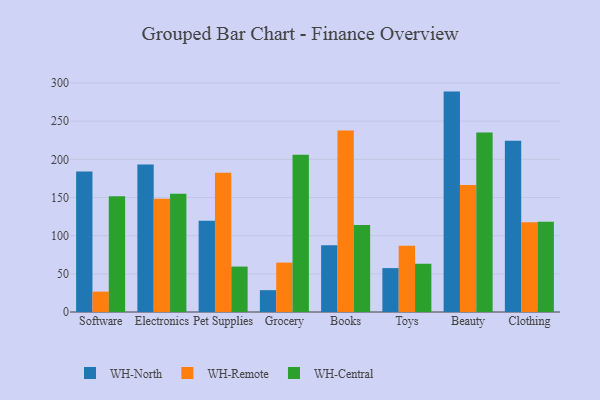
{"axis": {"x": "Category", "y": "Backlog"}, "legend": ["WH-Central", "WH-North", "WH-Remote"], "data": [{"x": "Software", "y": 184.2, "type": "WH-North"}, {"x": "Software", "y": 26.7, "type": "WH-Remote"}, {"x": "Software", "y": 151.7, "type": "WH-Central"}, {"x": "Electronics", "y": 193.2, "type": "WH-North"}, {"x": "Electronics", "y": 148.4, "type": "WH-Remote"}, {"x": "Electronics", "y": 154.9, "type": "WH-Central"}, {"x": "Pet Supplies", "y": 119.6, "type": "WH-North"}, {"x": "Pet Supplies", "y": 182.5, "type": "WH-Remote"}, {"x": "Pet Supplies", "y": 59.5, "type": "WH-Central"}, {"x": "Grocery", "y": 28.6, "type": "WH-North"}, {"x": "Grocery", "y": 64.7, "type": "WH-Remote"}, {"x": "Grocery", "y": 206.1, "type": "WH-Central"}, {"x": "Books", "y": 87.4, "type": "WH-North"}, {"x": "Books", "y": 237.8, "type": "WH-Remote"}, {"x": "Books", "y": 113.9, "type": "WH-Central"}, {"x": "Toys", "y": 57.5, "type": "WH-North"}, {"x": "Toys", "y": 86.7, "type": "WH-Remote"}, {"x": "Toys", "y": 63.2, "type": "WH-Central"}, {"x": "Beauty", "y": 288.7, "type": "WH-North"}, {"x": "Beauty", "y": 166.3, "type": "WH-Remote"}, {"x": "Beauty", "y": 235.2, "type": "WH-Central"}, {"x": "Clothing", "y": 224.3, "type": "WH-North"}, {"x": "Clothing", "y": 117.7, "type": "WH-Remote"}, {"x": "Clothing", "y": 118.1, "type": "WH-Central"}]}